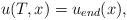
LaTeX: \begin{align*} u(T,x) = u_{end}(x),\end{align*}